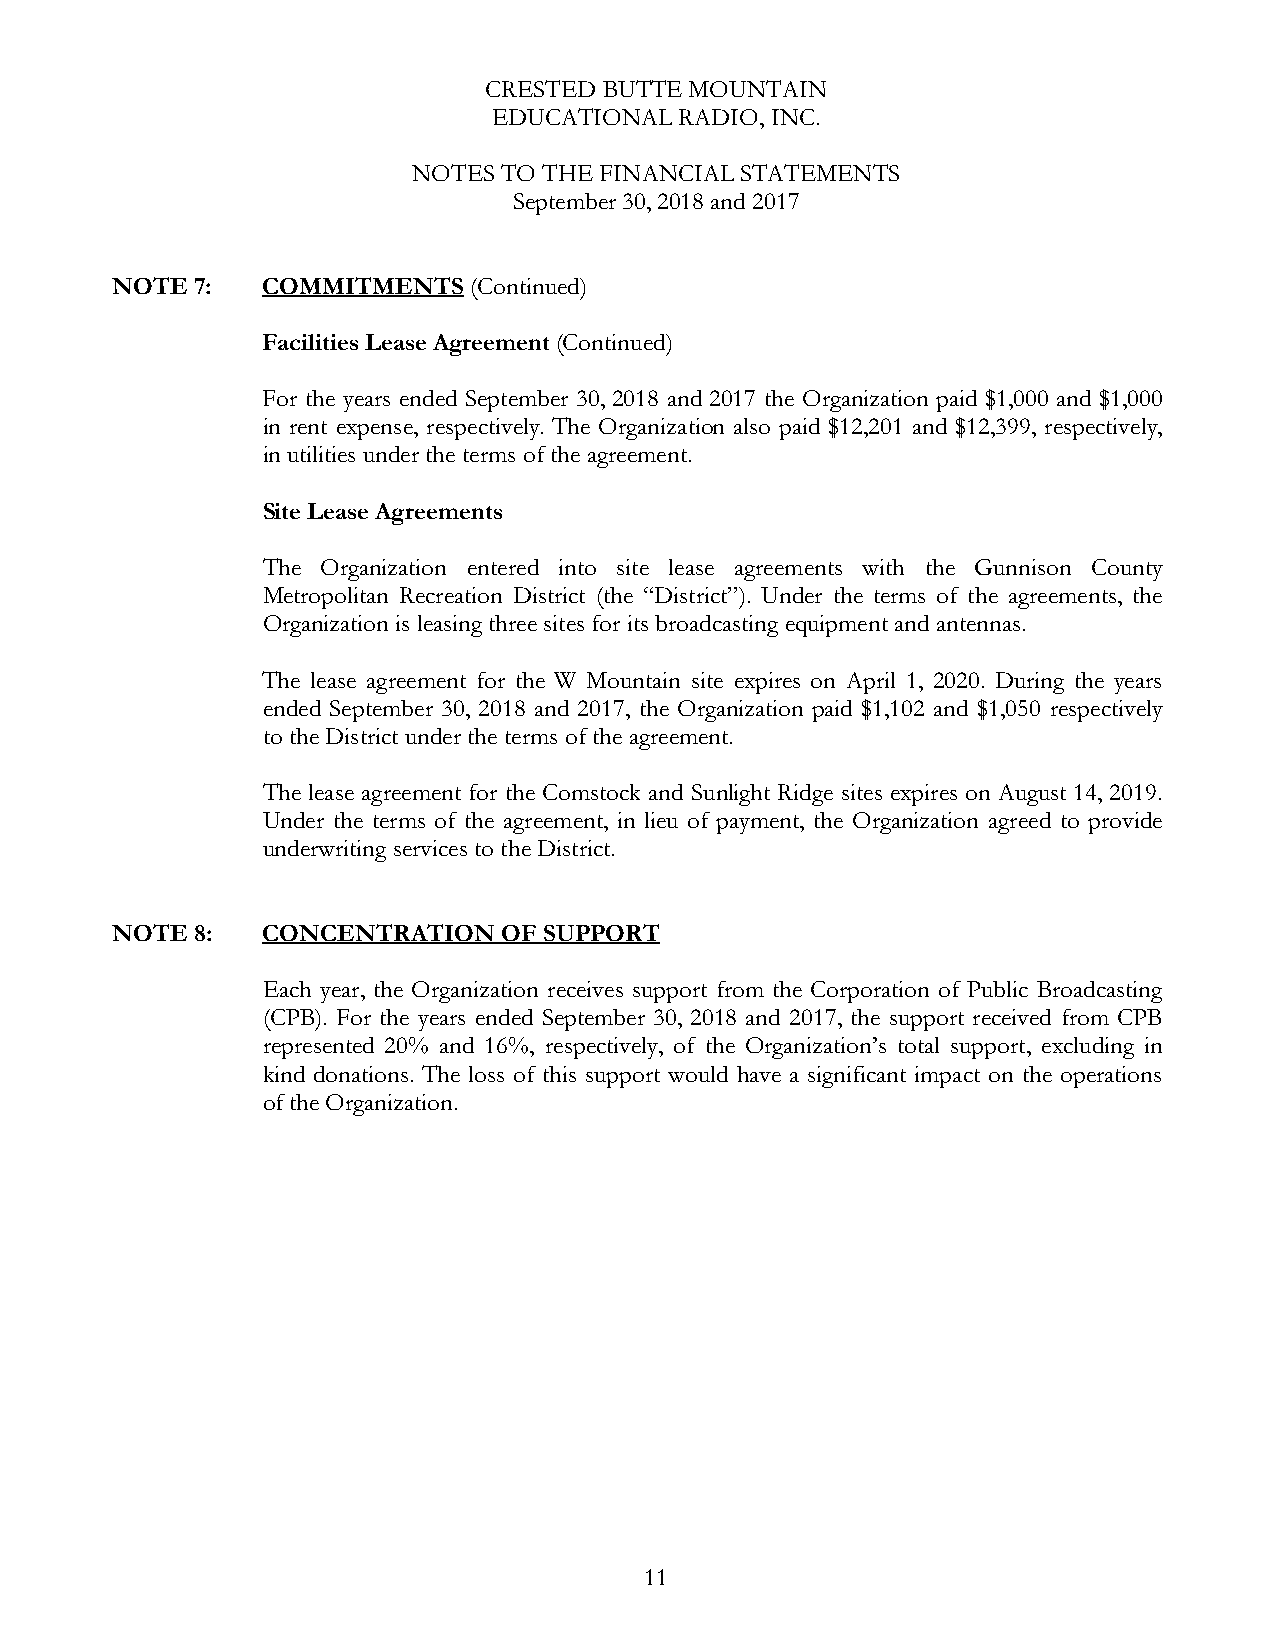
CRESTED BUTTE MOUNTAIN
 EDUCATIONAL RADIO, INC.
 NOTES TO THE FINANCIAL STATEMENTS
 September 30, 2018 and 2017
 NOTE  7:  COMMITMENTS   (Continued)
 Facilities Lease Agreement (Continued)
 For the years ended September 30, 2018 and 2017 the Organization paid $1,000 and $1,000
 in rent expense, respectively. The Organization also paid $12,201 and $12,399, respectively,
 in utilities under the terms of the agreement.
 Site Lease Agreements
 The Organization entered into site lease agreements with the Gunnison County
 Metropolitan Recreation District (the “District”). Under the terms of the agreements, the
 Organization is leasing three sites for its broadcasting equipment and antennas.
 The lease agreement for the W Mountain site expires on April 1, 2020. During the years
 ended September 30, 2018 and 2017, the Organization paid $1,102 and $1,050 respectively
 to the District under the terms of the agreement.
 The lease agreement for the Comstock and Sunlight Ridge sites expires on August 14, 2019.
 Under the terms of the agreement, in lieu of payment, the Organization agreed to provide
 underwriting services to the District.
 NOTE  8:  CONCENTRATION   OF SUPPORT
 Each year, the Organization receives support from the Corporation of Public Broadcasting
 (CPB). For the years ended September 30, 2018 and 2017, the support received from CPB
 represented 20% and 16%, respectively, of the Organization’s total support, excluding in
 kind donations. The loss of this support would have a significant impact on the operations
 of the Organization.
 11